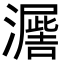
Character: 𭳙